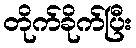
တိုက်ခိုက်ပြီး